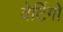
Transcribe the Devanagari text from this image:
वेर्टिगो